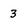
Character: 3